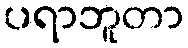
ပရာဘူတာ